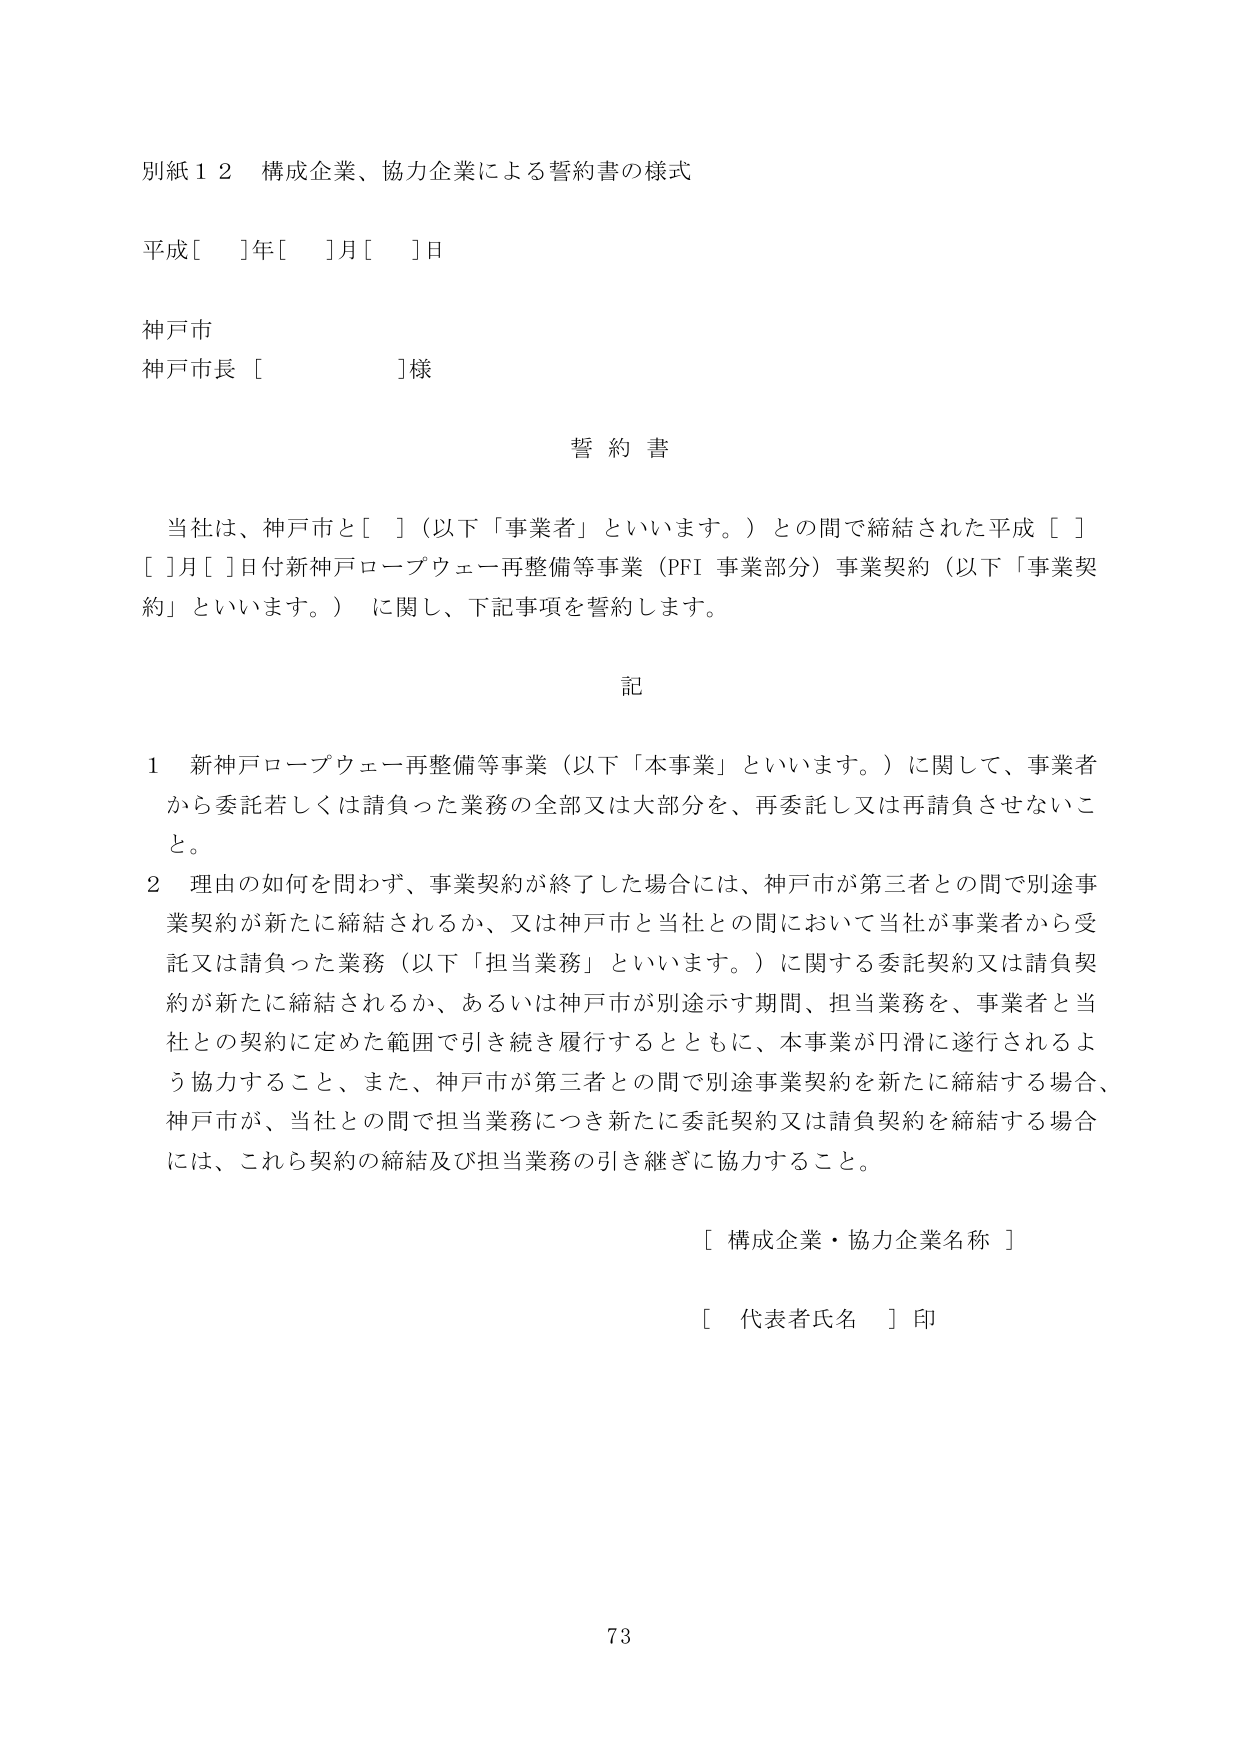
別紙１２ 構成企業、協力企業による誓約書の様式

平成[　]年[　]月[　]日

神戸市
神戸市長 [　　　　　　]様

誓約書

　当社は、神戸市と[　]（以下「事業者」といいます。）との間で締結された平成[　][　]月[　]日付新神戸ロープウェー再整備等事業（PFI 事業部分）事業契約（以下「事業契約」といいます。）に関して、下記事項を誓約します。

記

１ 新神戸ロープウェー再整備等事業（以下「本事業」といいます。）に関して、事業者から委託若しくは請負った業務の全部又は大部分を、再委託し又は再請負させないこと。

２ 理由の如何を問わず、事業契約が終了した場合には、神戸市が第三者との間で別途事業契約が新たに締結されるか、又は神戸市と当社との間において当社が事業者から受託又は請負った業務（以下「担当業務」といいます。）に関する委託契約又は請負契約が新たに締結されるか、あるいは神戸市が別途示す期間、担当業務を、事業者と当社との契約に定めた範囲で引き続き履行するとともに、本事業が円滑に遂行されるよう協力すること、また、神戸市が第三者との間で別途事業契約を新たに締結する場合、神戸市が、当社との間で担当業務につき新たに委託契約又は請負契約を締結する場合には、これら契約の締結及び担当業務の引き継ぎに協力すること。

[ 構成企業・協力企業名称 ]

[ 代表者氏名 ] 印

73